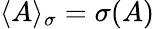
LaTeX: \langle A\rangle_{\sigma}=\sigma(A)